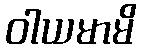
ဝါယမာမိ